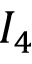
I _ { 4 }